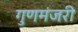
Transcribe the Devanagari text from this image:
गुणमंजरी